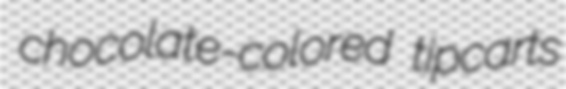
chocolate-colored tipcarts